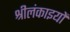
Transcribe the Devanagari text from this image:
श्रीलंकाइयों